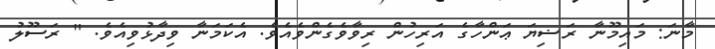
މާނަ: މައިމޫނާ ރަޟިޔަ ޢަންހާގެ އަރިހުން ރިވާވެގެންވެއެވެ. އެކަމަނާ ވިދާޅުވިއެވެ. " ރަސޫލު